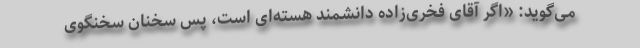
می‌گوید: «اگر آقای فخری‌زاده دانشمند هسته‌ای است، پس سخنان سخنگوی